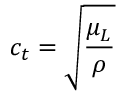
c _ { t } = \sqrt { \frac { \mu _ { L } } { \rho } }